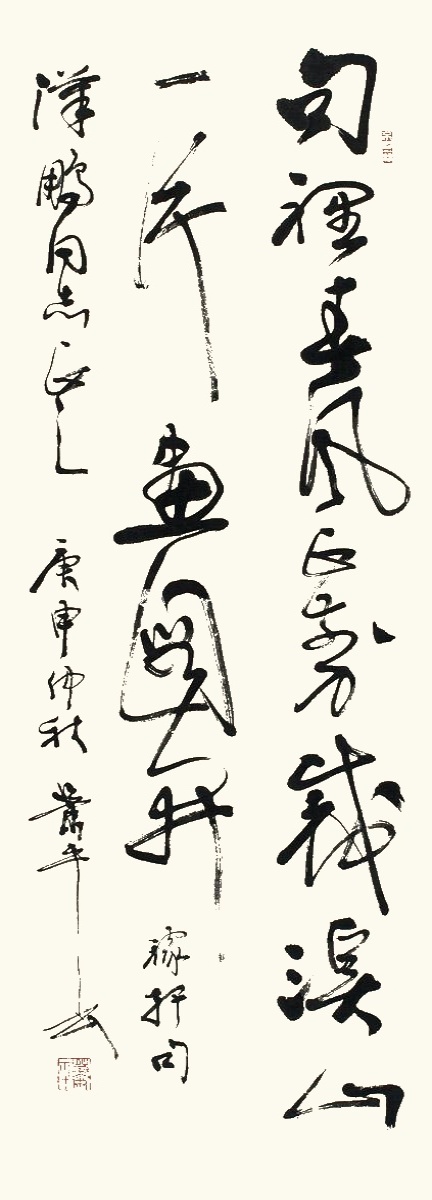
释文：句里春风正剪裁，溪山一片画图开。稼轩句。汉鹏同志正之，庚申仲秋，萧平书。